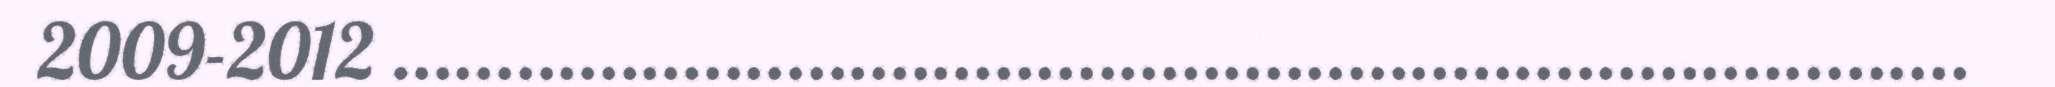
2009-2012 ............................................................................